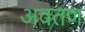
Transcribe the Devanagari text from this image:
अवतण